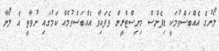
ލޯނުގެ އެއްބަސްވުމަކީ ޑިފެންސް މިނިސްޓްރީން ވެފައިވާ އެއްބަސްވުމެއް ކަމުގައި ނުވާތީ އެ ލޯނާ